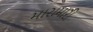
મારામારી